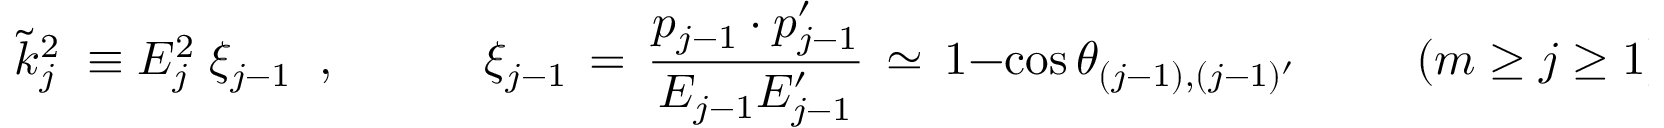
\tilde { k } _ { j } ^ { 2 } \; \equiv E _ { j } ^ { 2 } \; \xi _ { j - 1 } \; \; , \; \; \; \; \; \; \; \; \; \; \; \xi _ { j - 1 } \, = \, \frac { p _ { j - 1 } \cdot p _ { j - 1 } ^ { \prime } } { E _ { j - 1 } E _ { j - 1 } ^ { \prime } } \, \simeq \, 1 - \cos \theta _ { ( j \mathrm { - } 1 ) , ( j \mathrm { - } 1 ) ^ { \prime } } \; \; \; \; \; \; \; \; \; ( m \ge j \ge 1 ) \; .